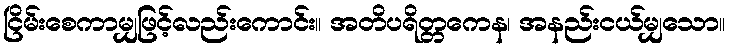
ငြိမ်းစေကာမျှဖြင့်လည်းကောင်း။ အတိပရိတ္တကေန၊ အနည်းငယ်မျှသော။